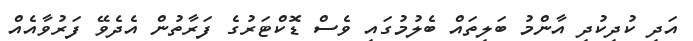
އަދި ކުދިކުދި އާންމު ބަލިތައް ބެލުމުގައި ވެސް ޑޮކްޓަރުގެ ފަރާތުން އެދެވޭ ފަރުވާއެއް